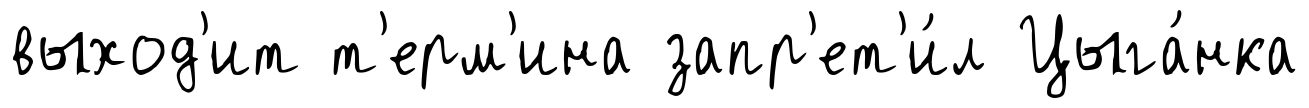
выход'ит т'ерм'ина запр'ет'и́л Цыга́нка